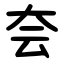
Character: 夽